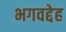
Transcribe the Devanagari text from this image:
भगवद्देह